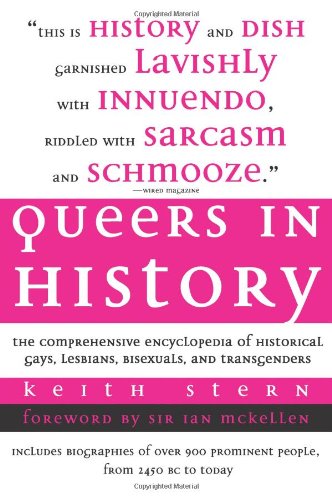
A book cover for Queers in History: The Comprehensive Encyclopedia of Historical Gays, Lesbians and Bisexuals; Keith Stern; Gay & Lesbian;